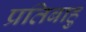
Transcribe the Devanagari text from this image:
प्रतिबाहु